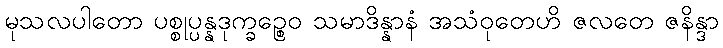
မုသလပါတော ပစ္စုပ္ပန္နဒုက္ခဉ္စေဝ သမာဒိန္နာနံ အသံဝုတေဟိ ဇလတေ ဇနိန္ဒာ